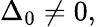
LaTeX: \Delta_{0}\neq 0,